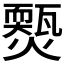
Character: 𤐱